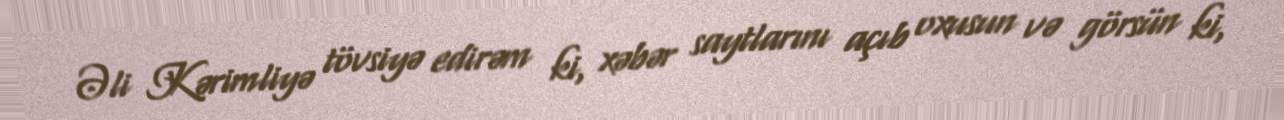
Əli Kərimliyə tövsiyə edirəm ki, xəbər saytlarını açıb oxusun və görsün ki,